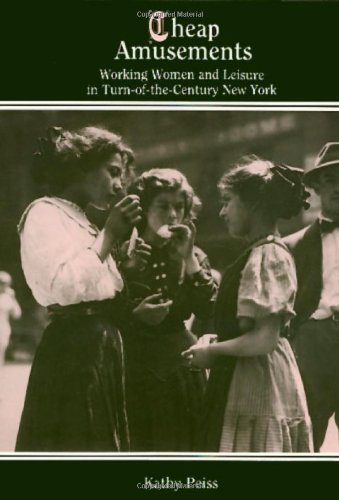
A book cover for Cheap Amusements: Working Women and Leisure in Turn-of-the-Century New York; Kathy Peiss; Politics & Social Sciences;